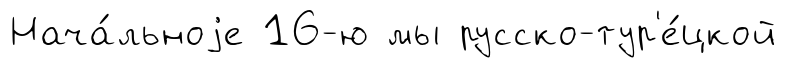
Нача́льноjе 16-ю мы русско-тур'е́цкой